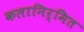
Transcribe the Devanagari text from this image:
कलानिर्मित